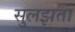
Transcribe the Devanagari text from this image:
सुलझता